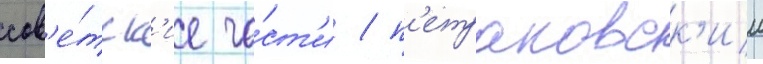
сов'е́тск'ие ча́ст'и / п'етраковск'ии